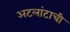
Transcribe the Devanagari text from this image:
अटलांटाची